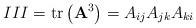
LaTeX: \begin{align*}III=\mathrm{tr}\left(\mathbf{A}^{3}\right)=A_{ij}A_{jk}A_{ki}\end{align*}